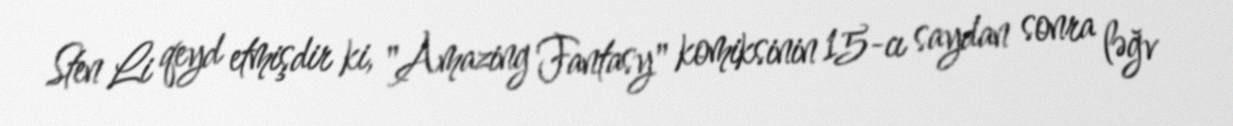
Sten Li qeyd etmişdir ki, "Amazing Fantasy" komiksinin 15-cı saydan sonra ləğv